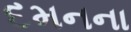
દમનના